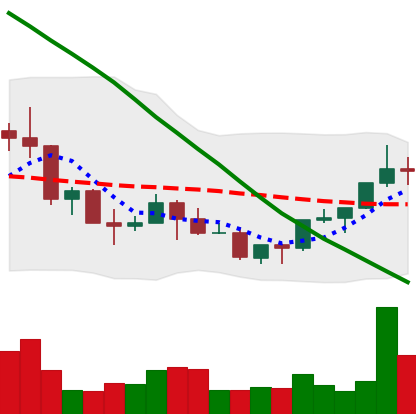
Ticker: NEO-USD
Chart end date: 2022-03-21
Forward return: 9.375%
Label: up_7plus